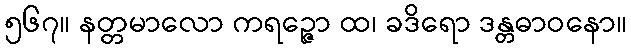
၅၆၇။ နတ္တမာလော ကရဉ္ဇော ထ၊ ခဒိရော ဒန္တဓာဝနော။